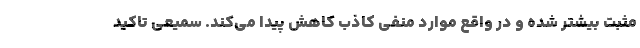
مثبت بیشتر شده و در واقع موارد منفی کاذب کاهش پیدا می‌کند. سمیعی تاکید